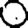
Digit: 0